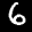
Label: 6